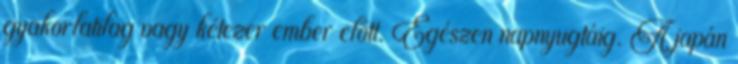
gyakorlatilag vagy kétezer ember előtt. Egészen napnyugtáig. A japán